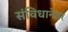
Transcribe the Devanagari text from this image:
संविधानेतर